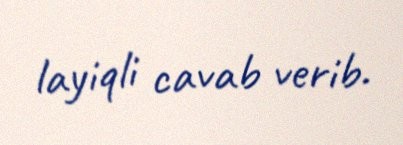
layiqli cavab verib.